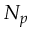
N _ { p }